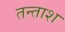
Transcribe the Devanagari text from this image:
तन्ताश